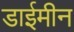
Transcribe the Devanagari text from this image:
डाईमीन